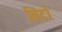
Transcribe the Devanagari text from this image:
विंटो